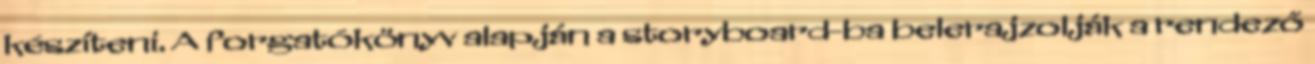
készíteni. A forgatókönyv alapján a storyboard-ba belerajzolják a rendező